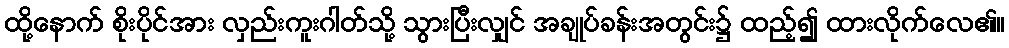
ထို့နောက် စိုးပိုင်အား လှည်းကူးဂါတ်သို့ သွားပြီးလျှင် အချုပ်ခန်းအတွင်း၌ ထည့်၍ ထားလိုက်လေ၏။